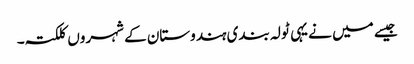
جیسے میں نے یہی ٹولہ بندی ہندوستان کے شہروں کلکتہ۔